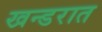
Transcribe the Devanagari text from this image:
खन्डरात